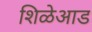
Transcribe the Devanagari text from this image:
शिळेआड